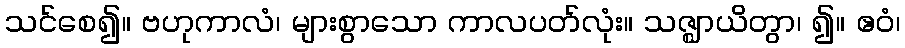
သင်စေ၍။ ဗဟုကာလံ၊ များစွာသော ကာလပတ်လုံး။ သဇ္ဈာယိတွာ၊ ၍။ ဧဝံ၊